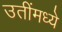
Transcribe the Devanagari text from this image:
उतींमध्ये